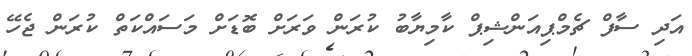
އަދި ސާފް ޗެމްޕިއަންޝިޕް ކާމިޔާބު ކުރަން ވަރަށް ބޮޑަށް މަސައްކަތް ކުރަން ޖެހޭ